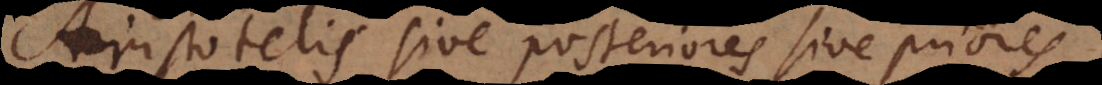
Aristotelis sive posteriores sive priores